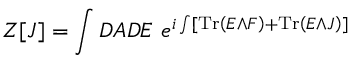
Z [ J ] = \int { \cal D } A { \cal D } E \, \, e ^ { i \int [ \mathrm { T r } \left( E \wedge F \right) + \mathrm { T r } \left( E \wedge J \right) ] }